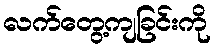
လက်တွေ့ကျခြင်းကို